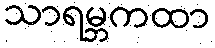
သာရမ္ဘကထာ